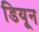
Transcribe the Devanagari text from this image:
डियून